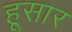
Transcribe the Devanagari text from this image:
हूसार